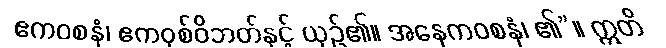
ဧကဝစနံ၊ ဧကဝုစ်ဝိဘတ်နှင့် ယှဉ်၏။ အနေကဝစနံ၊ ၏”။ ဣတိ